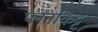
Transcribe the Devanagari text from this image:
प्लनकिट्ट